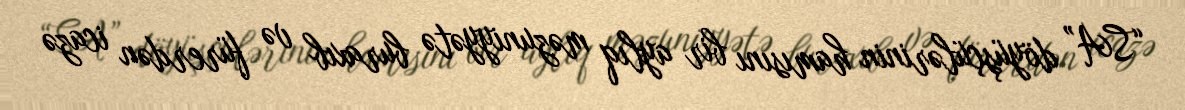
“SA” döyüşçülərinin hamısını bir aylıq məzuniyyətə buraxıb və fürerdən icazə